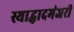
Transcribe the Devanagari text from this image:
स्याद्धादमंजरी